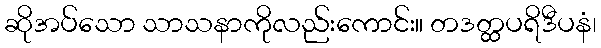
ဆိုအပ်သော သာသနာကိုလည်းကောင်း။ တဒတ္ထပရိဒီပနံ၊